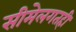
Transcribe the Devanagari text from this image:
सीमेलगतही